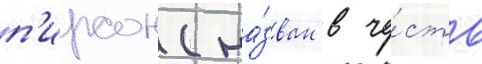
п'ирсон (на́зван в че́сть